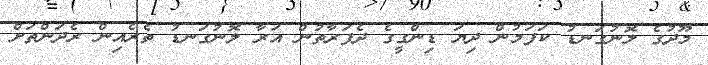
މޫދުގެ ލޮނުގަނޑު ކަފަމުން ދިޔަ ޑިންގީގެ ދެފަރާތުން އަރާ ލޮނުގަނޑު ތެރެއިން ރެދަންތަށް